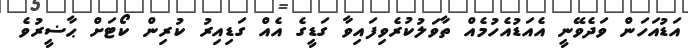
އަޑުއަހަން ވަދެވޭނީ އެއަޑުއެހުމެއް ތާވަލުކުރެވިފައިވާ ގަޑީގެ އެއް ގަޑިއިރު ކުރިން ކޯޓަށް ޙާޟީރުވެ